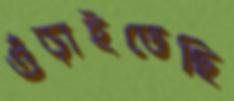
গুঁড়াইতেছি